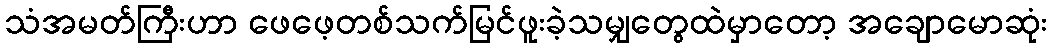
သံအမတ်ကြီးဟာ ဖေဖေ့တစ်သက်မြင်ဖူးခဲ့သမျှတွေထဲမှာတော့ အချောမောဆုံး